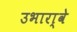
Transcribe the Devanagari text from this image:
उभारा्वे